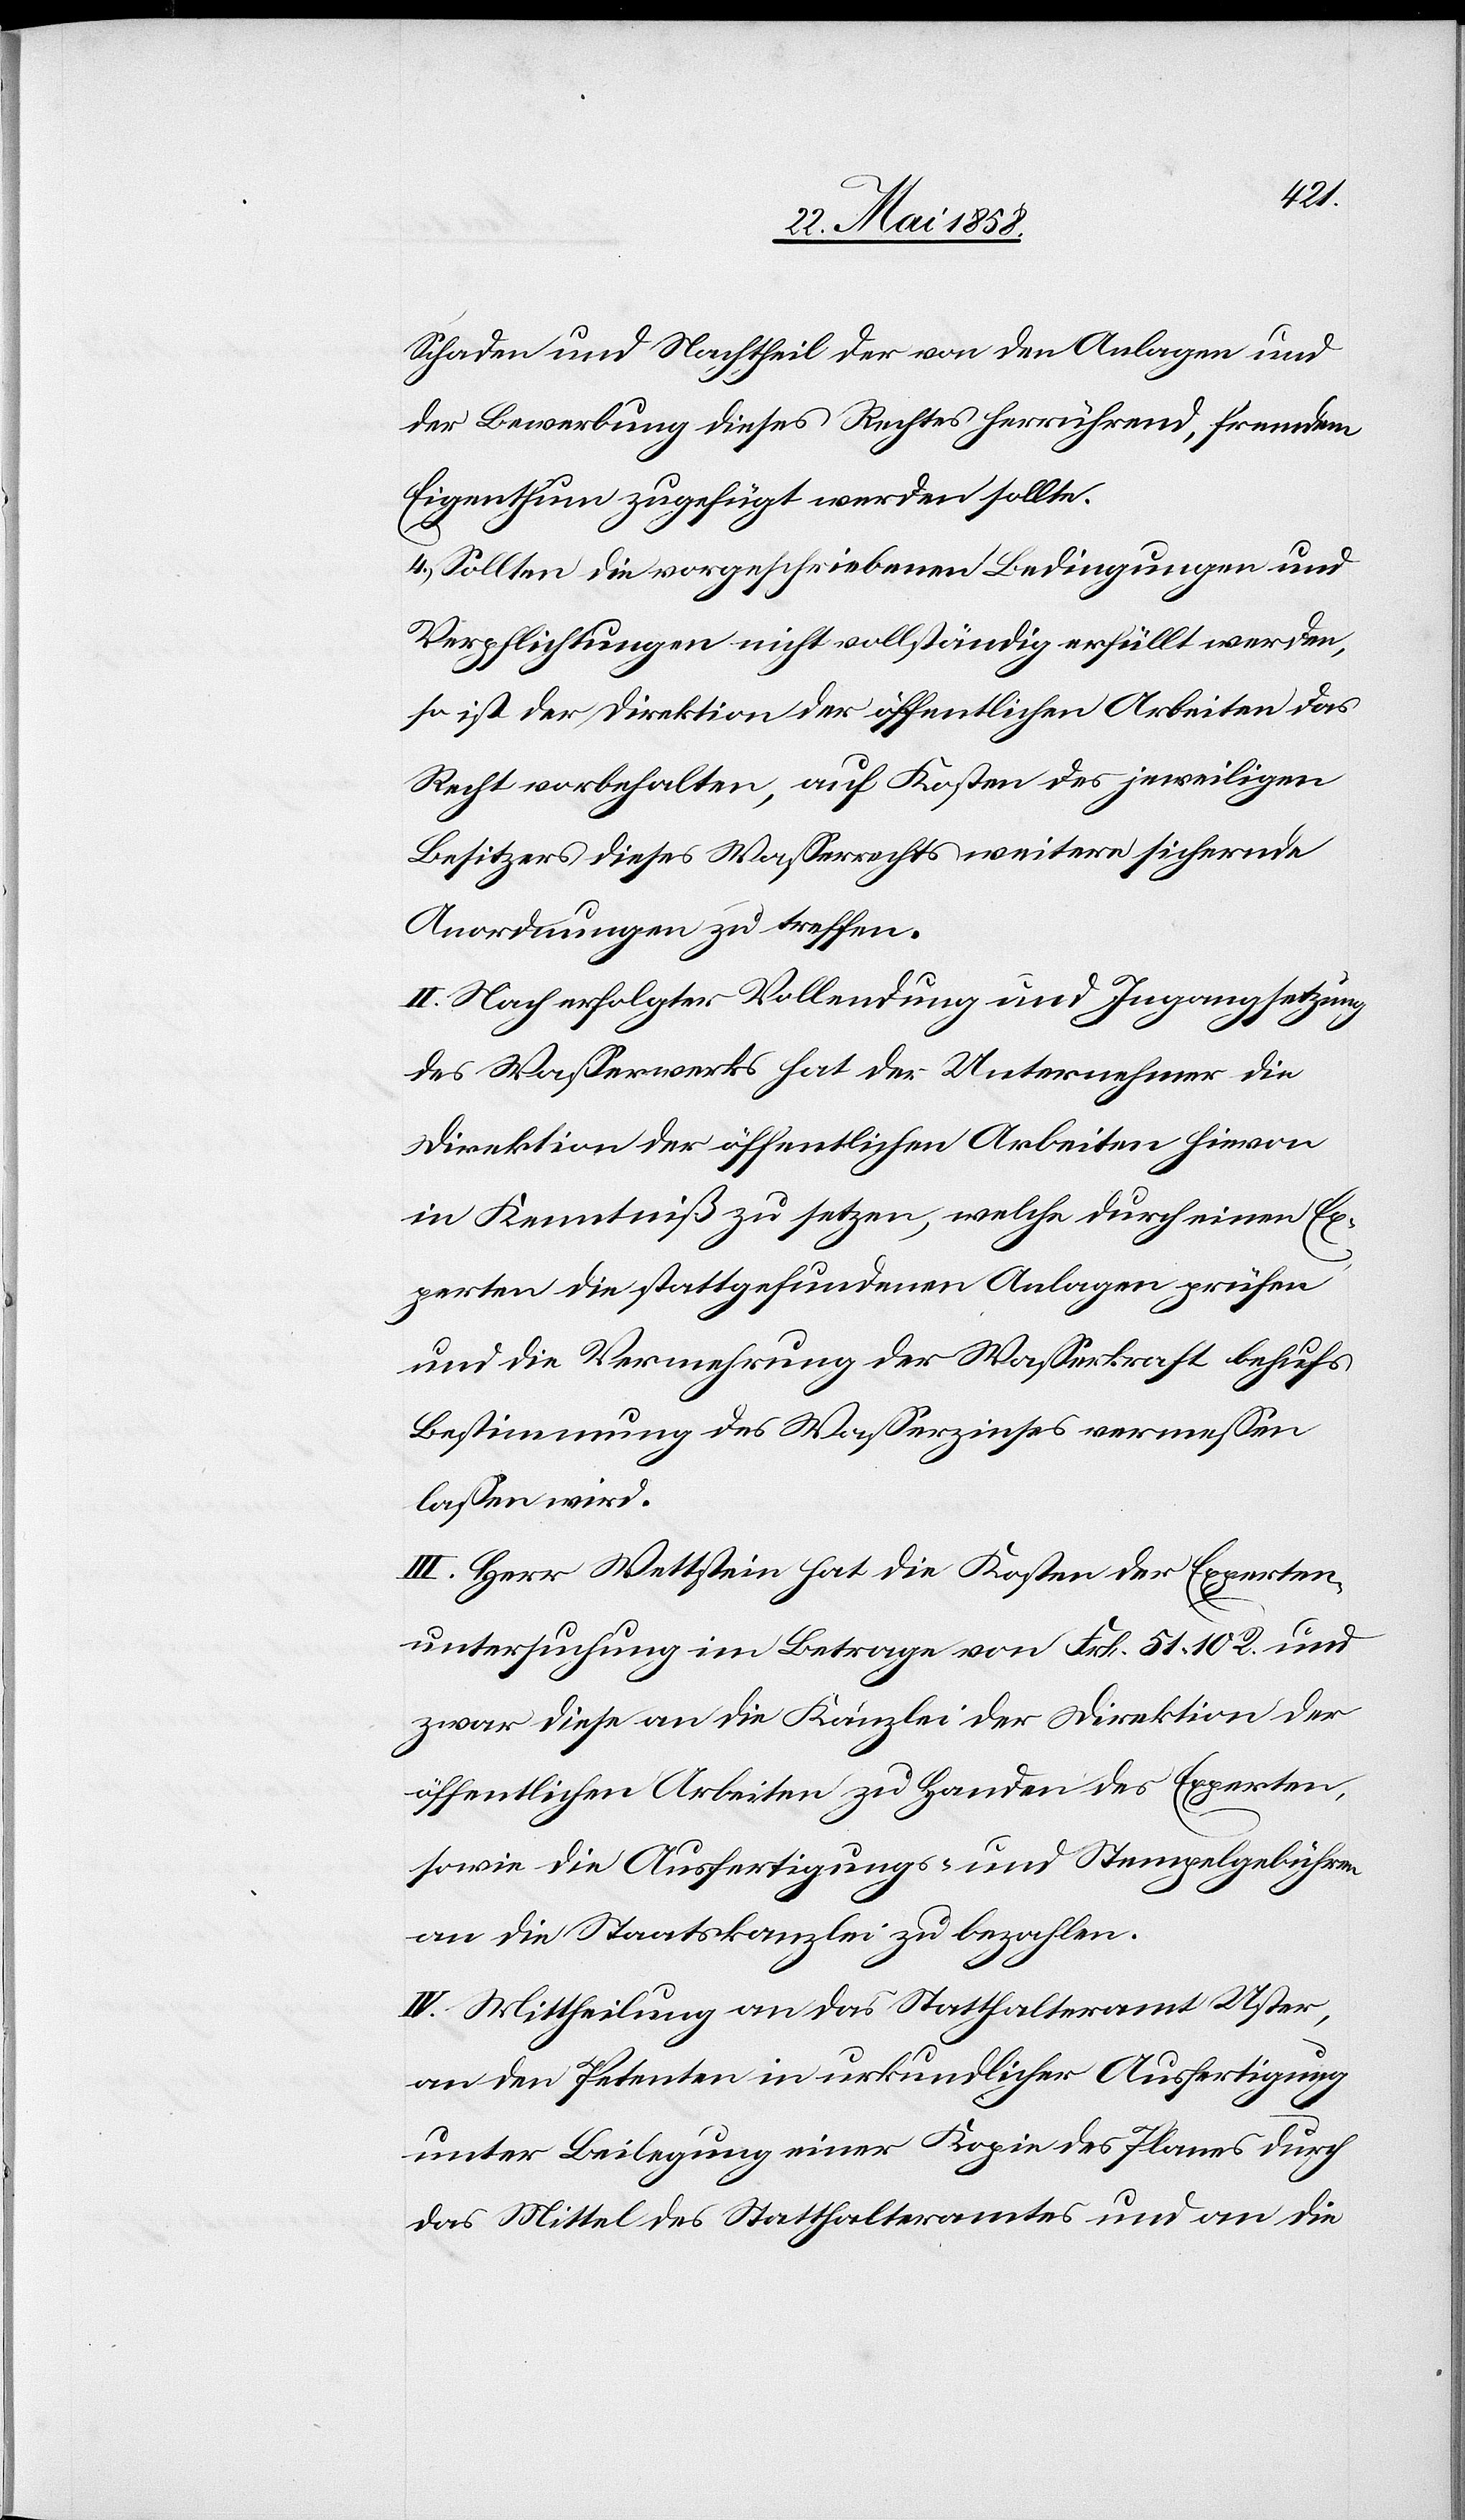
Schaden und Nachtheil der von den Anlagen und
der Bewerbung dieses Rechtes herrührend, fremdem
Eigenthum zugefügt werden sollte.
4. Sollten die vorgeschriebenen Bedingungen und
Verpflichtungen nicht vollständig erfüllt werden,
so ist der Direktion der öffentlichen Arbeiten das
Recht vorbehalten, auf Kosten des jeweiligen
Besitzers dieses Wasserrechts weitere sichernde
Anordnungen zu treffen.
II. Nach erfolgter Vollendung und Ingangsetzung
des Wasserwerkes hat der Unternehmer die
Direktion der öffentlichen Arbeiten hievon
in Kenntniß zu setzen, welche durch einen Ex¬
perten die stattgefundenen Anlagen prüfen
und die Vermehrung der Wasserkraft behufs
Bestimmung des Wasserzinses vermessen
lassen wird.
III. Herr Wettstein hat die Kosten der Experten¬
untersuchung im Betrage von Frk. 51 10 R. und
zwar diese an die Kanzlei der Direktion der
öffentlichen Arbeiten zu Handen des Experten,
sowie die Ausfertigungs- und Stempelgebühren
an die Staatskanzlei zu bezahlen.
IV. Mittheilung an das Statthalteramt Uster,
an den Petenten in urkundlicher Ausfertigung
unter Beilegung einer Kopie des Planes durch
das Mittel des Statthalteramtes und an die